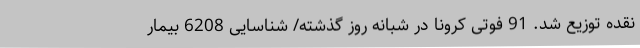
نقده توزیع شد. 91 فوتی کرونا در شبانه روز گذشته/ شناسایی 6208 بیمار